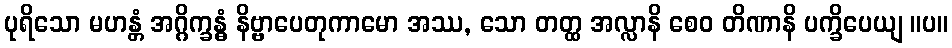
ပုရိသော မဟန္တံ အဂ္ဂိက္ခန္ဓံ နိဗ္ဗာပေတုကာမော အဿ, သော တတ္ထ အလ္လာနိ စေဝ တိဏာနိ ပက္ခိပေယျ ။ပ။